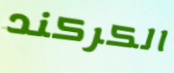
الكركند